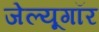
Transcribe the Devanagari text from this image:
जेल्यूगॉर